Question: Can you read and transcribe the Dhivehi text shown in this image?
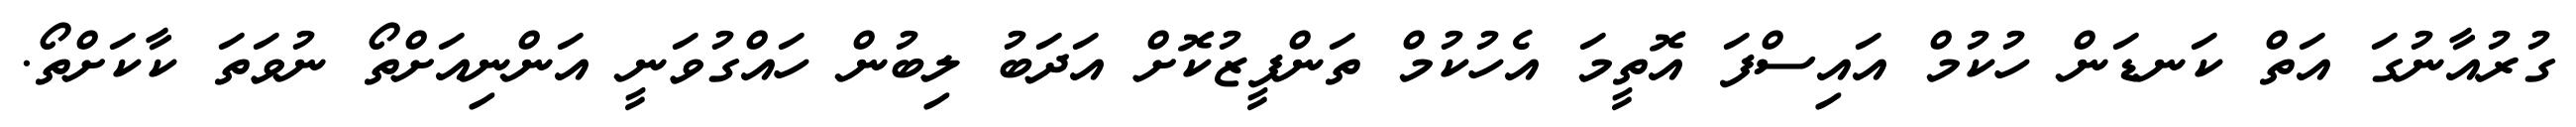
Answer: ގުރުއާނުގަ އަތް ކަނޑަން ހުކުމް އައިސްފަ އޮތީމަ އެހުކުމް ތަންފީޒުކޮށް އަދަބު ލިބުން ހައްގުވަނީ އަންނިއަށްތޯ ނުވަތަ ކާކަށްތޯ.